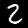
Label: 2